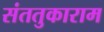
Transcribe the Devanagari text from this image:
संततुकाराम